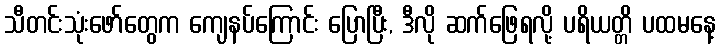
သီတင်းသုံးဖော်တွေက ကျေနပ်ကြောင်း ပြောပြီး, ဒီလို ဆက်ဖြေရလို့ ပရိယတ္တိ ပထမနေ့